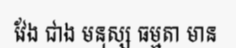
វែង ជាង មនុស្ស ធម្មតា មាន